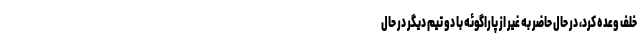
خلف وعده کرد، در حال حاضر به غیر از پاراگوئه با دو تیم دیگر در حال